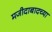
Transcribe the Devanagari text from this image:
मजीदाबादच्या